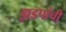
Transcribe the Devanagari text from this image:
झडपांची